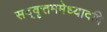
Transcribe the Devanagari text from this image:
सद्‌वृत्तममेध्यादपि